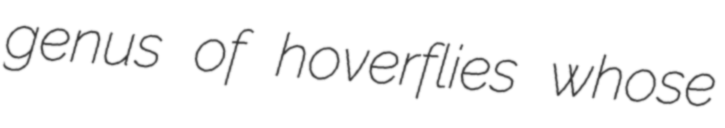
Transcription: genus of hoverflies whose